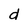
Character: d